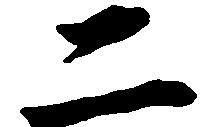
二